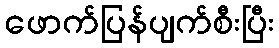
ဖောက်ပြန်ပျက်စီးပြီး